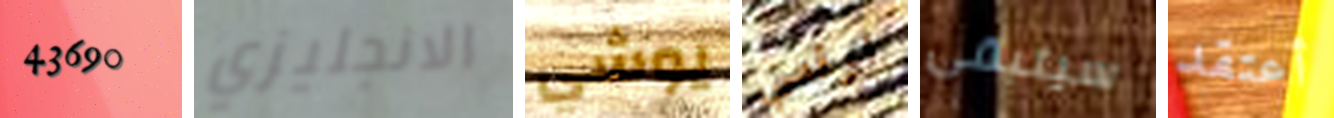
43690 الانجليزي يوشي ارقصي سيتبقى أعتقد